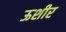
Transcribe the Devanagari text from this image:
ऊशीर